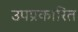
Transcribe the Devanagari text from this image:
उपप्रकारित